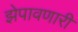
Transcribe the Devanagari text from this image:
झेपावणारी